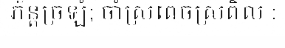
ភ័ន្តច្រឡំ; ចាំស្រពេចស្រពិល :